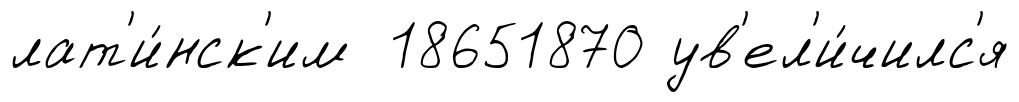
лат'и́нск'им 18651870 ув'ел'и́чилс'я